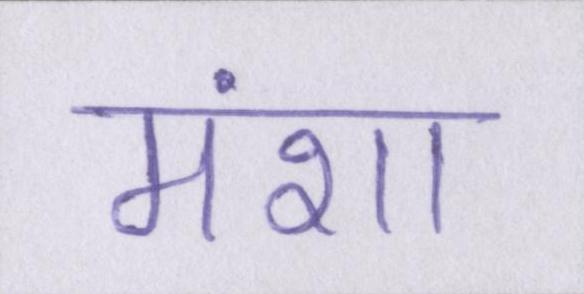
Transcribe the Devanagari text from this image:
मंशा